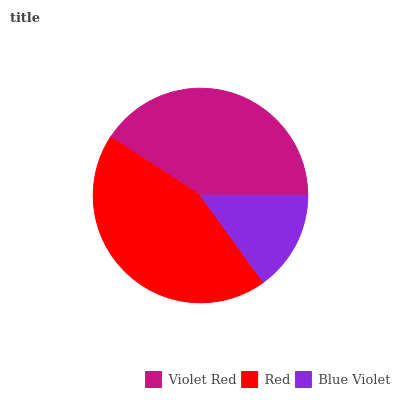
| Violet Red | Red | Blue Violet |
 | --- | --- | --- |
 | 40.7% | 44.2% | 15% |